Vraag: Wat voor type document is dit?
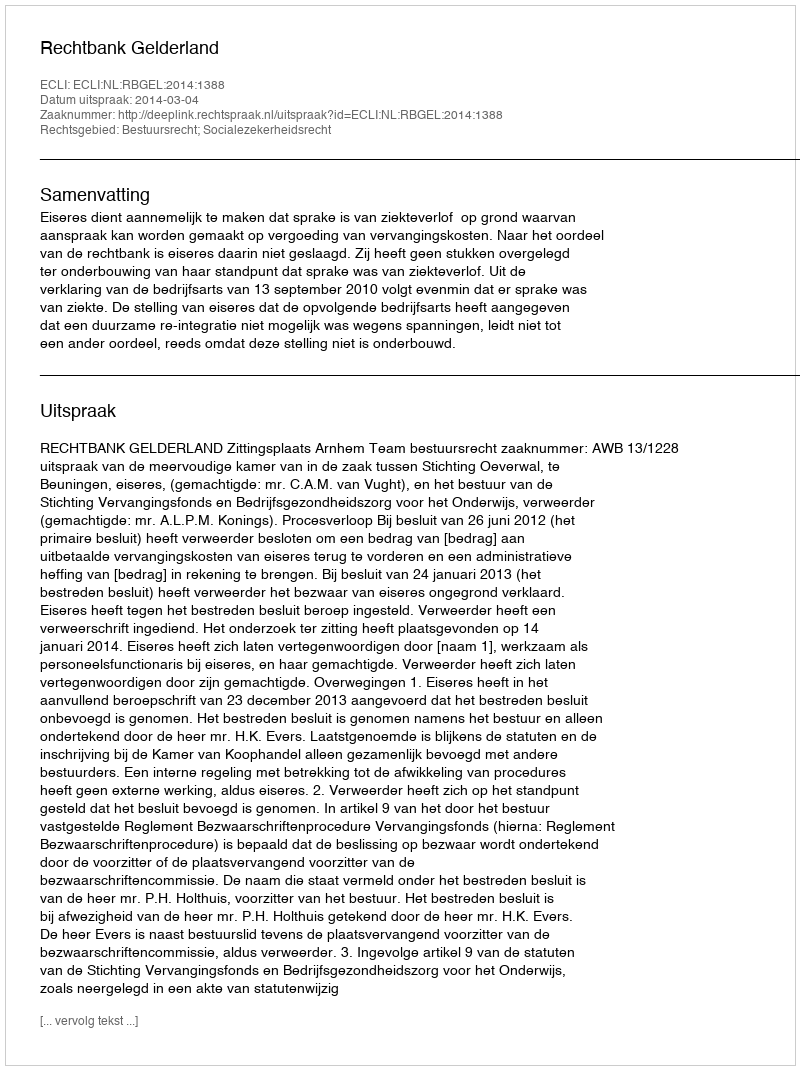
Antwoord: Uitspraak